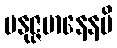
ပနုဇ္ဇမာနေနပိ